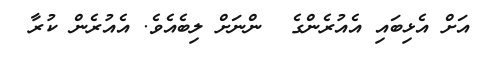
އަށް އެޅިބައި އެއުރެންގެ  ންނަށް ލިބެއެވެ. އެއުރެން ކުރާ